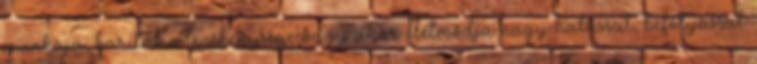
munkája, karitatív tevékenysége vagy akár életmódja nagy hatással, befolyással